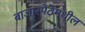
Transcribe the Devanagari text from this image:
बाजारपेठेमधील